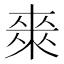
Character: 𭫈